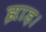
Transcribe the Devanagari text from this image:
झाड़।